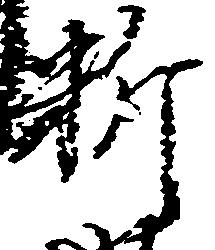
料